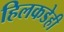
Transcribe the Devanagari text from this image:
हिलकडेही